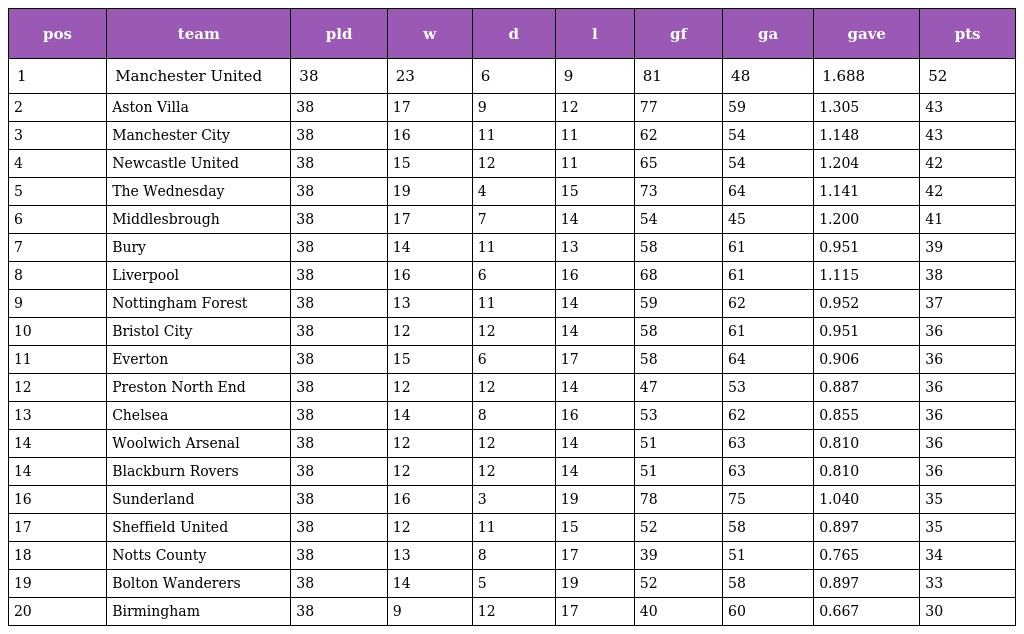
| pos | team | pld | w | d | l | gf | ga | gave | pts |
 | --- | --- | --- | --- | --- | --- | --- | --- | --- | --- |
 | 1 | Manchester United | 38 | 23 | 6 | 9 | 81 | 48 | 1.688 | 52 |
 | 2 | Aston Villa | 38 | 17 | 9 | 12 | 77 | 59 | 1.305 | 43 |
 | 3 | Manchester City | 38 | 16 | 11 | 11 | 62 | 54 | 1.148 | 43 |
 | 4 | Newcastle United | 38 | 15 | 12 | 11 | 65 | 54 | 1.204 | 42 |
 | 5 | The Wednesday | 38 | 19 | 4 | 15 | 73 | 64 | 1.141 | 42 |
 | 6 | Middlesbrough | 38 | 17 | 7 | 14 | 54 | 45 | 1.200 | 41 |
 | 7 | Bury | 38 | 14 | 11 | 13 | 58 | 61 | 0.951 | 39 |
 | 8 | Liverpool | 38 | 16 | 6 | 16 | 68 | 61 | 1.115 | 38 |
 | 9 | Nottingham Forest | 38 | 13 | 11 | 14 | 59 | 62 | 0.952 | 37 |
 | 10 | Bristol City | 38 | 12 | 12 | 14 | 58 | 61 | 0.951 | 36 |
 | 11 | Everton | 38 | 15 | 6 | 17 | 58 | 64 | 0.906 | 36 |
 | 12 | Preston North End | 38 | 12 | 12 | 14 | 47 | 53 | 0.887 | 36 |
 | 13 | Chelsea | 38 | 14 | 8 | 16 | 53 | 62 | 0.855 | 36 |
 | 14 | Woolwich Arsenal | 38 | 12 | 12 | 14 | 51 | 63 | 0.810 | 36 |
 | 14 | Blackburn Rovers | 38 | 12 | 12 | 14 | 51 | 63 | 0.810 | 36 |
 | 16 | Sunderland | 38 | 16 | 3 | 19 | 78 | 75 | 1.040 | 35 |
 | 17 | Sheffield United | 38 | 12 | 11 | 15 | 52 | 58 | 0.897 | 35 |
 | 18 | Notts County | 38 | 13 | 8 | 17 | 39 | 51 | 0.765 | 34 |
 | 19 | Bolton Wanderers | 38 | 14 | 5 | 19 | 52 | 58 | 0.897 | 33 |
 | 20 | Birmingham | 38 | 9 | 12 | 17 | 40 | 60 | 0.667 | 30 |